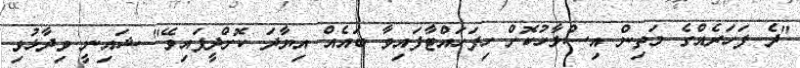
"ދެ ފަހަރެއްގެ މަތިން އިސްލާހުކޮށް ހިފަހައްޓާފައިވާ ބައެއް އިޔާދަ ކޮށްދީފައިވޭ" ޝައިނީ ވިދާޅުވި